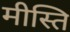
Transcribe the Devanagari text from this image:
मीस्ति